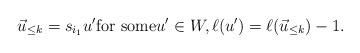
LaTeX: \begin{align*}\vec{u}_{\leq k} = s_{i_1} u' \mbox{for some} u' \in W, \ell(u') = \ell(\vec{u}_{\leq k}) -1.\end{align*}